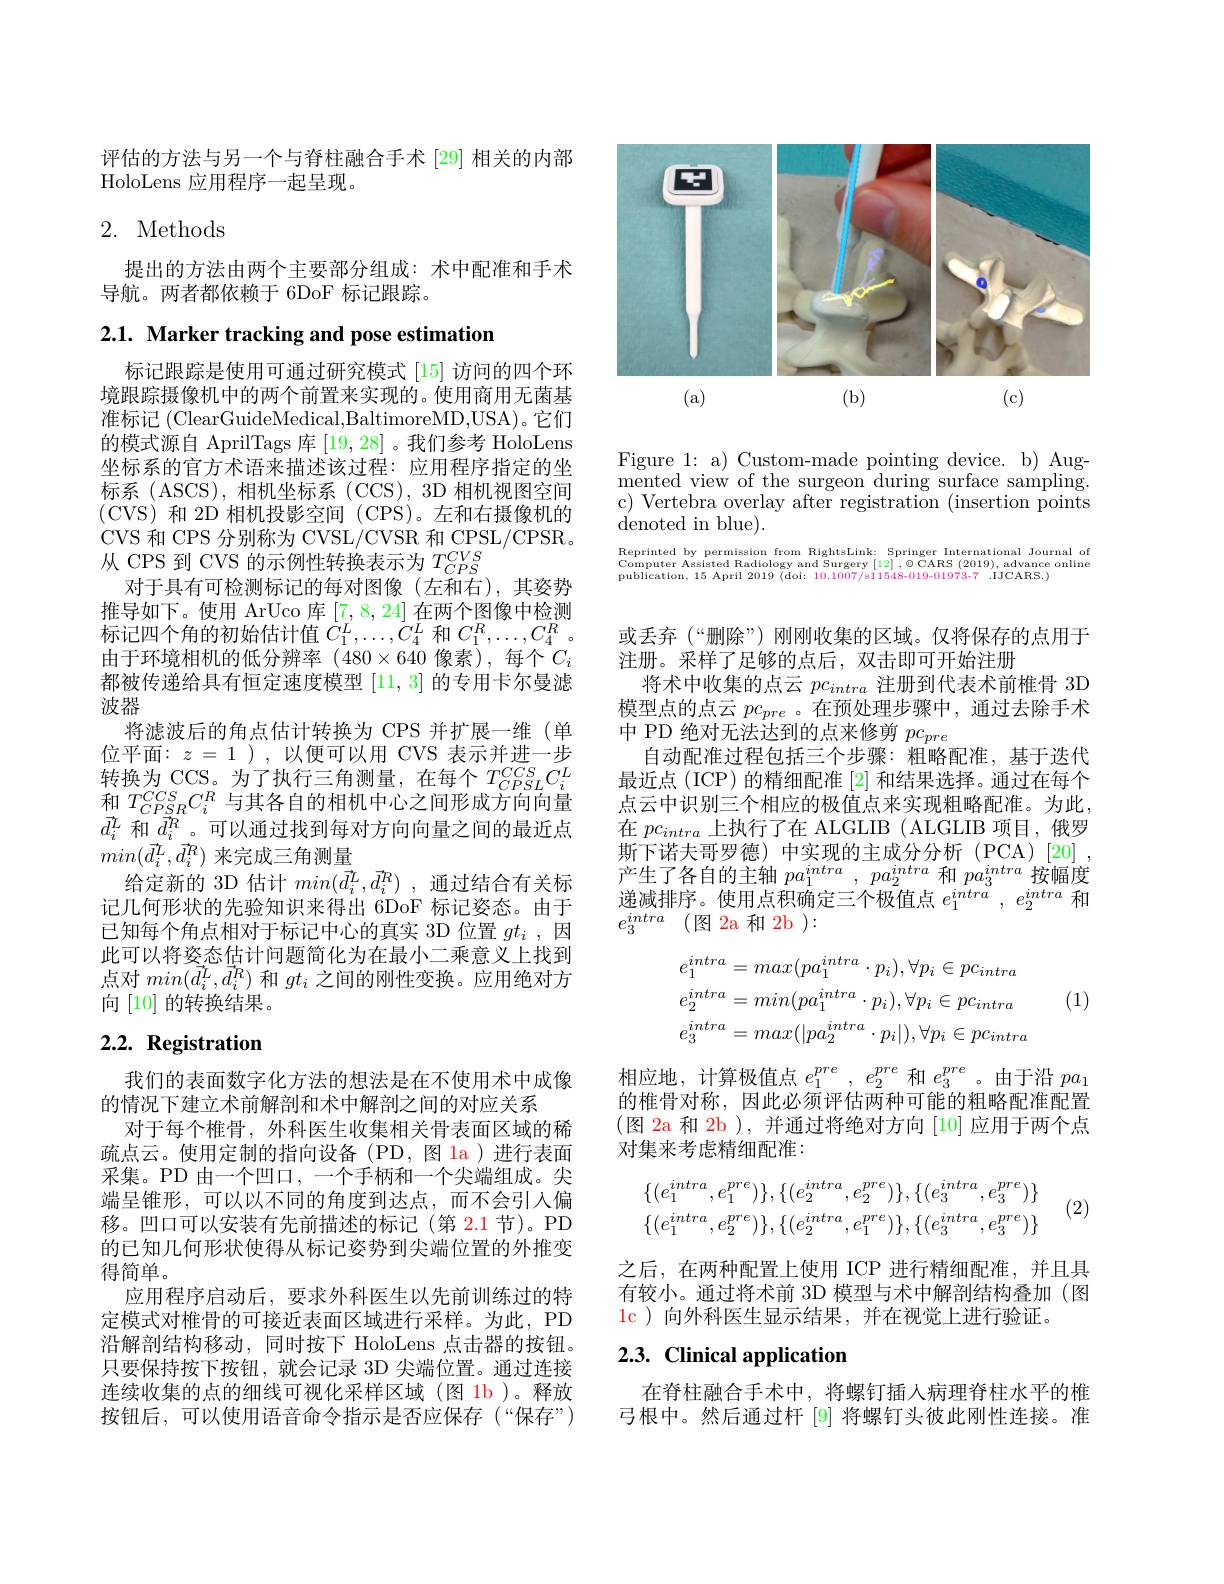
评估的方法与另一个与脊柱融合手术 [29] 相关的内部
HoloLens 应用程序一起呈现。

# 2. Methods

提出的方法由两个主要部分组成：术中配准和手术
导航。两者都依赖于 6DoF 标记跟踪。

2.1. Marker tracking and pose estimation

标记跟踪是使用可通过研究模式[15] 访问的四个环境跟踪摄像机中的两个前置来实现的。使用商用无菌基准标记 (ClearGuideMedical,BaltimoreMD,USA)。它们的模式源自 AprilTags 库[19,28] 。我们参考 HoloLens 坐标系的官方术语来描述该过程：应用程序指定的坐标系 (ASCS),相机坐标系 (CCS),3D 相机视图空间(CVS)和 2D 相机投影空间(CPS)。左和右摄像机的CVS 和 CPS 分别称为 CVSL/CVSR 和 CPSL/CPSR。从 CPS 到 CVS 的示例性转换表示为$T_{CPS}^{CVS}$
对于具有可检测标记的每对图像(左和右),其姿势推导如下。使用 ArUco 库[7,8,24]在两个图像中检测标记四个角的初始估计值$\dot{C}_1^L,\ldots,\dot{C}_4^L$和$C_1^R,\ldots,C_4^R$ 。由于环境相机的低分辨率(480$\times640 像素),每个 C_i$ 都被传递给具有恒定速度模型[11,3]的专用卡尔曼滤波器
将滤波后的角点估计转换为 CPS 并扩展一维(单位平面：$z=1$ ),以便可以用 CVS 表示并进一步$\begin{array}{l}\text{转换为 CCS。为了执行三角测量，在每个}T_{CPSL}^{CCS}C_{i}^{L}\\\text{和 }T_{CPSR}^{CCS}C_{i}^{R}\text{ 与其各自的相机中心之间形成方向向量}\end{array}$ $\vec{d}_i^L$和$\vec{d}_i^R$。可以通过找到每对方向向量之间的最近点$min(\vec{d}_i^L,\vec{d}_i^R)$来完成三角测量
给定新的 3D 估计$min( \vec{d} _i^L, \vec{d} _i^R)$ ,通过结合有关标记几何形状的先验知识来得出 6DoF 标记姿态。由于已知每个角点相对于标记中心的真实 3D 位置$gt_i$ ,因此可以将姿态估计问题简化为在最小二乘意义上找到点对$min(\vec{d}_i^L,\vec{d}_i^R)$和$gt_i$之间的刚性变换。应用绝对方向[10]的转换结果。

# 2.2. Registration

我们的表面数字化方法的想法是在不使用术中成像
的情况下建立术前解剖和术中解剖之间的对应关系
对于每个椎骨，外科医生收集相关骨表面区域的稀疏点云。使用定制的指向设备(PD,图 1a)进行表面采集。PD 由一个凹口，一个手柄和一个尖端组成。尖端呈锥形，可以以不同的角度到达点，而不会引入偏移。凹口可以安装有先前描述的标记(第 2.1 节)。PD 的已知几何形状使得从标记姿势到尖端位置的外推变得简单。
应用程序启动后，要求外科医生以先前训练过的特定模式对椎骨的可接近表面区域进行采样。为此，PD 沿解剖结构移动，同时按下 HoloLens 点击器的按钮。只要保持按下按钮，就会记录 3D 尖端位置。通过连接连续收集的点的细线可视化采样区域(图 1b)。释放按钮后，可以使用语音命令指示是否应保存(“保存”)

<FigureHere>

Figure 1: a) Custom-made pointing device. b) Augmented view of the surgeon during surface sampling. c) Vertebra overlay after registration (insertion points ${\mathrm{denoted~in~blue}}).$

Reprinted by permission from RightsLink: Springer International Journal of Computer Assisted Radiology and Surgery$\left [ 12\right ] , \textcircled {C}$ARS (2019),advance online publication, 15 April 2019 ( dol: 10. 1007/ s11548- 019- 01973- 7 IJCARS. )

或丢弃(“删除”) 刚刚收集的区域。仅将保存的点用于
注册。采样了足够的点后，双击即可开始注册
将术中收集的点云$pc_{intra}$注册到代表术前椎骨 3D 模型点的点云$pc_{pre}$ 。在预处理步骤中，通过去除手术中 PD 绝对无法达到的点来修剪$pc_{pre}$
自动配准过程包括三个步骤：粗略配准，基于迭代最近点(ICP)的精细配准[2]和结果选择。通过在每个点云中识别三个相应的极值点来实现粗略配准。为此， 在$pc_{intra}$上执行了在 ALGLIB ( ALGLIB 项目，俄罗斯下诺夫哥罗德) 中实现的主成分分析 (PCA)[20] 产生了各自的主轴$pa_1^{intra},pa_2^{intra}$和$pa_3^{intra}$按幅度递减排序。使用点积确定三个极值点$e_1^intra,e_2^{intra}$和$e_3^{intra}$ (图 2a 和 2b ):
$$e_{1}^{intra}=max(pa_{1}^{intra}\cdot p_{i}),\forall p_{i}\in pc_{intra}\\e_{2}^{intra}=min(pa_{1}^{intra}\cdot p_{i}),\forall p_{i}\in pc_{intra}\\e_{3}^{intra}=max(|pa_{2}^{intra}\cdot p_{i}|),\forall p_{i}\in pc_{intra}$$
(1)

相应地，计算极值点$e_1^{pre},e_2^{pre}$和$e_3^{pre}$。由于沿$pa_1$ 的椎骨对称，因此必须评估两种可能的粗略配准配置(图 2a 和 2b ),并通过将绝对方向[10]应用于两个点对集来考虑精细配准：
$$\{(e_1^{intra},e_1^{pre})\},\{(e_2^{intra},e_2^{pre})\},\{(e_3^{intra},e_3^{pre})\}\\\{(e_1^{intra},e_2^{pre})\},\{(e_2^{intra},e_1^{pre})\},\{(e_3^{intra},e_3^{pre})\}$$
(2)

之后，在两种配置上使用 ICP 进行精细配准，并且具有较小。通过将术前 3D 模型与术中解剖结构叠加(图$\color{red}{1\mathrm{c}}$)向外科医生显示结果，并在视觉上进行验证。

# 2.3. Clinical application

在脊柱融合手术中，将螺钉插人病理脊柱水平的椎弓根中。然后通过杆 [9] 将螺钉头彼此刚性连接。准